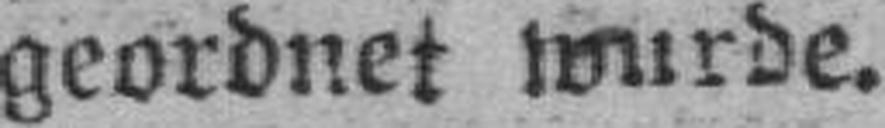
geordnet wurde.